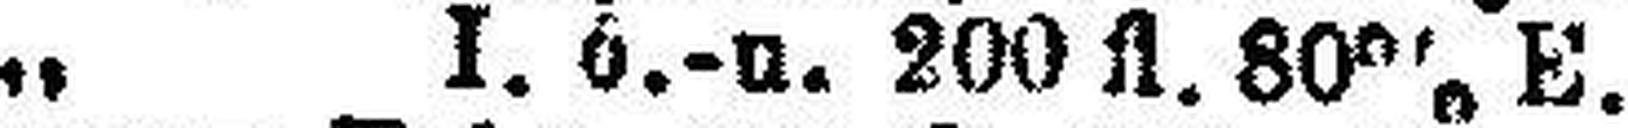
„ I. ö.-u. 200 fl. 80% E.